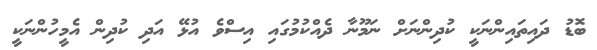
ބޮޑު ދައިތައިންނަކީ ކުދިންނަށް ނަމޫނާ ދެއްކުމުގައި އިސްވެ އުޅޭ އަދި ކުދިން އެމީހުންނަކީ